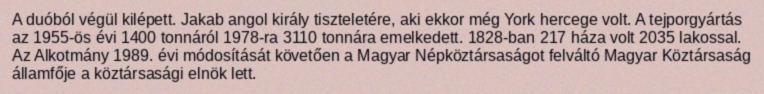
A duóból végül kilépett. Jakab angol király tiszteletére, aki ekkor még York hercege volt. A tejporgyártás az 1955-ös évi 1400 tonnáról 1978-ra 3110 tonnára emelkedett. 1828-ban 217 háza volt 2035 lakossal. Az Alkotmány 1989. évi módosítását követően a Magyar Népköztársaságot felváltó Magyar Köztársaság államfője a köztársasági elnök lett.